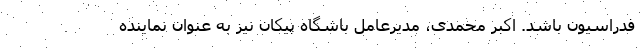
فدراسیون باشد. اکبر محمدی، مدیرعامل باشگاه پیکان نیز به عنوان نماینده